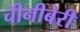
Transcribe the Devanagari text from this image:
चीनीबेरी